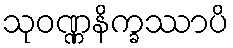
သုဝဏ္ဏနိက္ခဿာပိ